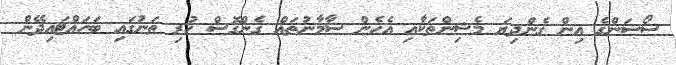
ސޯސަންގެ އިން ގެންދިޔަ މެޝިންތަކާއި އެހެން ސާމާނުތައް ގެންގޮސް ހުރި ތަނުގައި ބަހައްޓައިދޭން